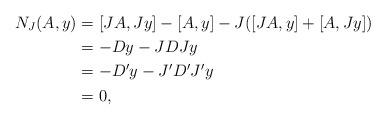
LaTeX: \begin{align*} N_J(A,y) & = [JA,Jy] -[A,y] -J([JA,y] + [A,Jy])\\ & = -Dy-JDJy\\ & = -D'y-J'D'J'y\\ & = 0,\end{align*}